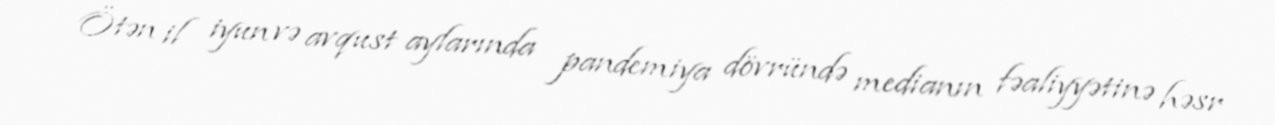
Ötən il iyun və avqust aylarında pandemiya dövründə medianın fəaliyyətinə həsr